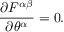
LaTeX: { \frac { \partial F ^ { \alpha \beta } } { \partial \theta ^ { \alpha } } } = 0 .